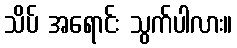
သိပ် အရောင်း သွက်ပါလား။